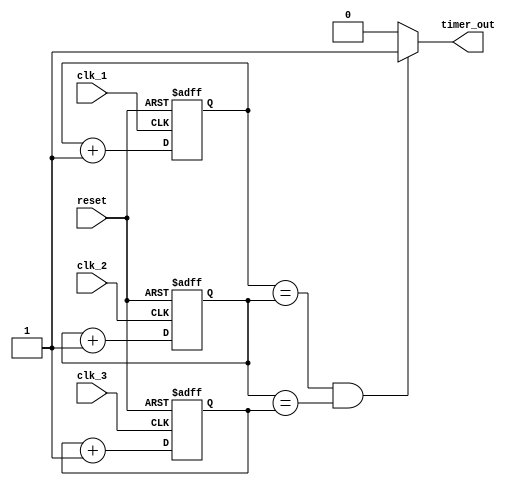
module multirate_timer (
    input wire clk_1,
    input wire clk_2,
    input wire clk_3,
    input wire reset,
    output reg timer_out
);

reg [8:0] timer_1;
reg [12:0] timer_2;
reg [16:0] timer_3;

always @(posedge clk_1 or posedge reset) begin
    if (reset) begin
        timer_1 <= 0;
    end else begin
        timer_1 <= timer_1 + 1;
    end
end

always @(posedge clk_2 or posedge reset) begin
    if (reset) begin
        timer_2 <= 0;
    end else begin
        timer_2 <= timer_2 + 1;
    end
end

always @(posedge clk_3 or posedge reset) begin
    if (reset) begin
        timer_3 <= 0;
    end else begin
        timer_3 <= timer_3 + 1;
    end
end

always @* begin
    // Synchronization logic
    if(timer_1 == timer_2 && timer_2 == timer_3) begin
        timer_out = 1;
    end else begin
        timer_out = 0;
    end
    
    // Error detection and correction mechanisms
    if(timer_1 > 512 || timer_2 > 8192 || timer_3 > 65536) begin
        // Perform error correction here
        // Placeholder code
        $display("Error detected in multirate timer");
    end
end

endmodule